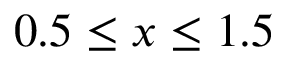
0 . 5 \le x \le 1 . 5